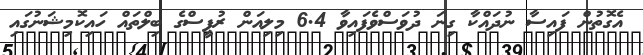
އެގޮތުން ފައިސާ ނުދައްކާ ގިނަ ދުވަސްވެފައިވާ 6.4 މިލިއަން ރުޕީސްގެ ބިލްތައް ހައިކޮމިޝަނުގައި